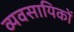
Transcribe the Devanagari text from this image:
व्यवसायिकों